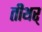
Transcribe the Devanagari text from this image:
तीथर्